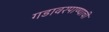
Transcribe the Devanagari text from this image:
गडावरपाण्याची